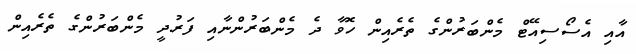
އާއި އެސޯސިއޭޓް މެންބަރުންގެ ތެރެއިން ހޮވާ ދެ މެންބަރުންނާއި ފަރުދީ މެންބަރުންގެ ތެރެއިން